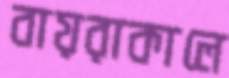
বায়রাকালে